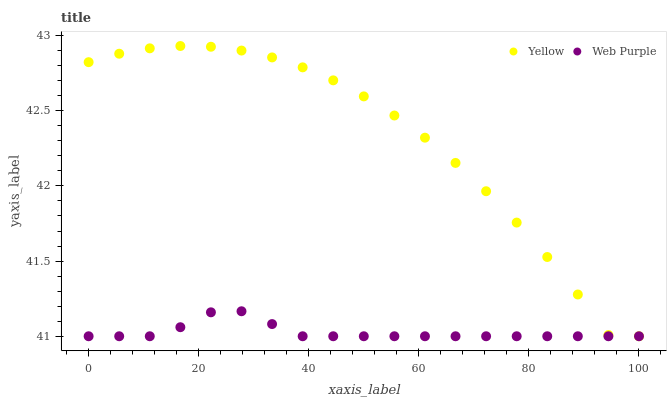
| xaxis_label | Yellow | Web Purple |
 | --- | --- | --- |
 | 0 | 42.8 | 41 |
 | 5.56 | 42.9 | 41 |
 | 11.1 | 42.9 | 41 |
 | 16.7 | 42.9 | 41.1 |
 | 22.2 | 42.9 | 41.2 |
 | 27.8 | 42.9 | 41.2 |
 | 33.3 | 42.9 | 41.1 |
 | 38.9 | 42.8 | 41 |
 | 44.4 | 42.7 | 41 |
 | 50 | 42.6 | 41 |
 | 55.6 | 42.5 | 41 |
 | 61.1 | 42.3 | 41 |
 | 66.7 | 42.2 | 41 |
 | 72.2 | 42 | 41 |
 | 77.8 | 41.8 | 41 |
 | 83.3 | 41.5 | 41 |
 | 88.9 | 41.3 | 41 |
 | 94.4 | 41 | 41 |
 | 100 | 41 | 41 |